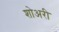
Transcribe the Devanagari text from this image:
शोअरी